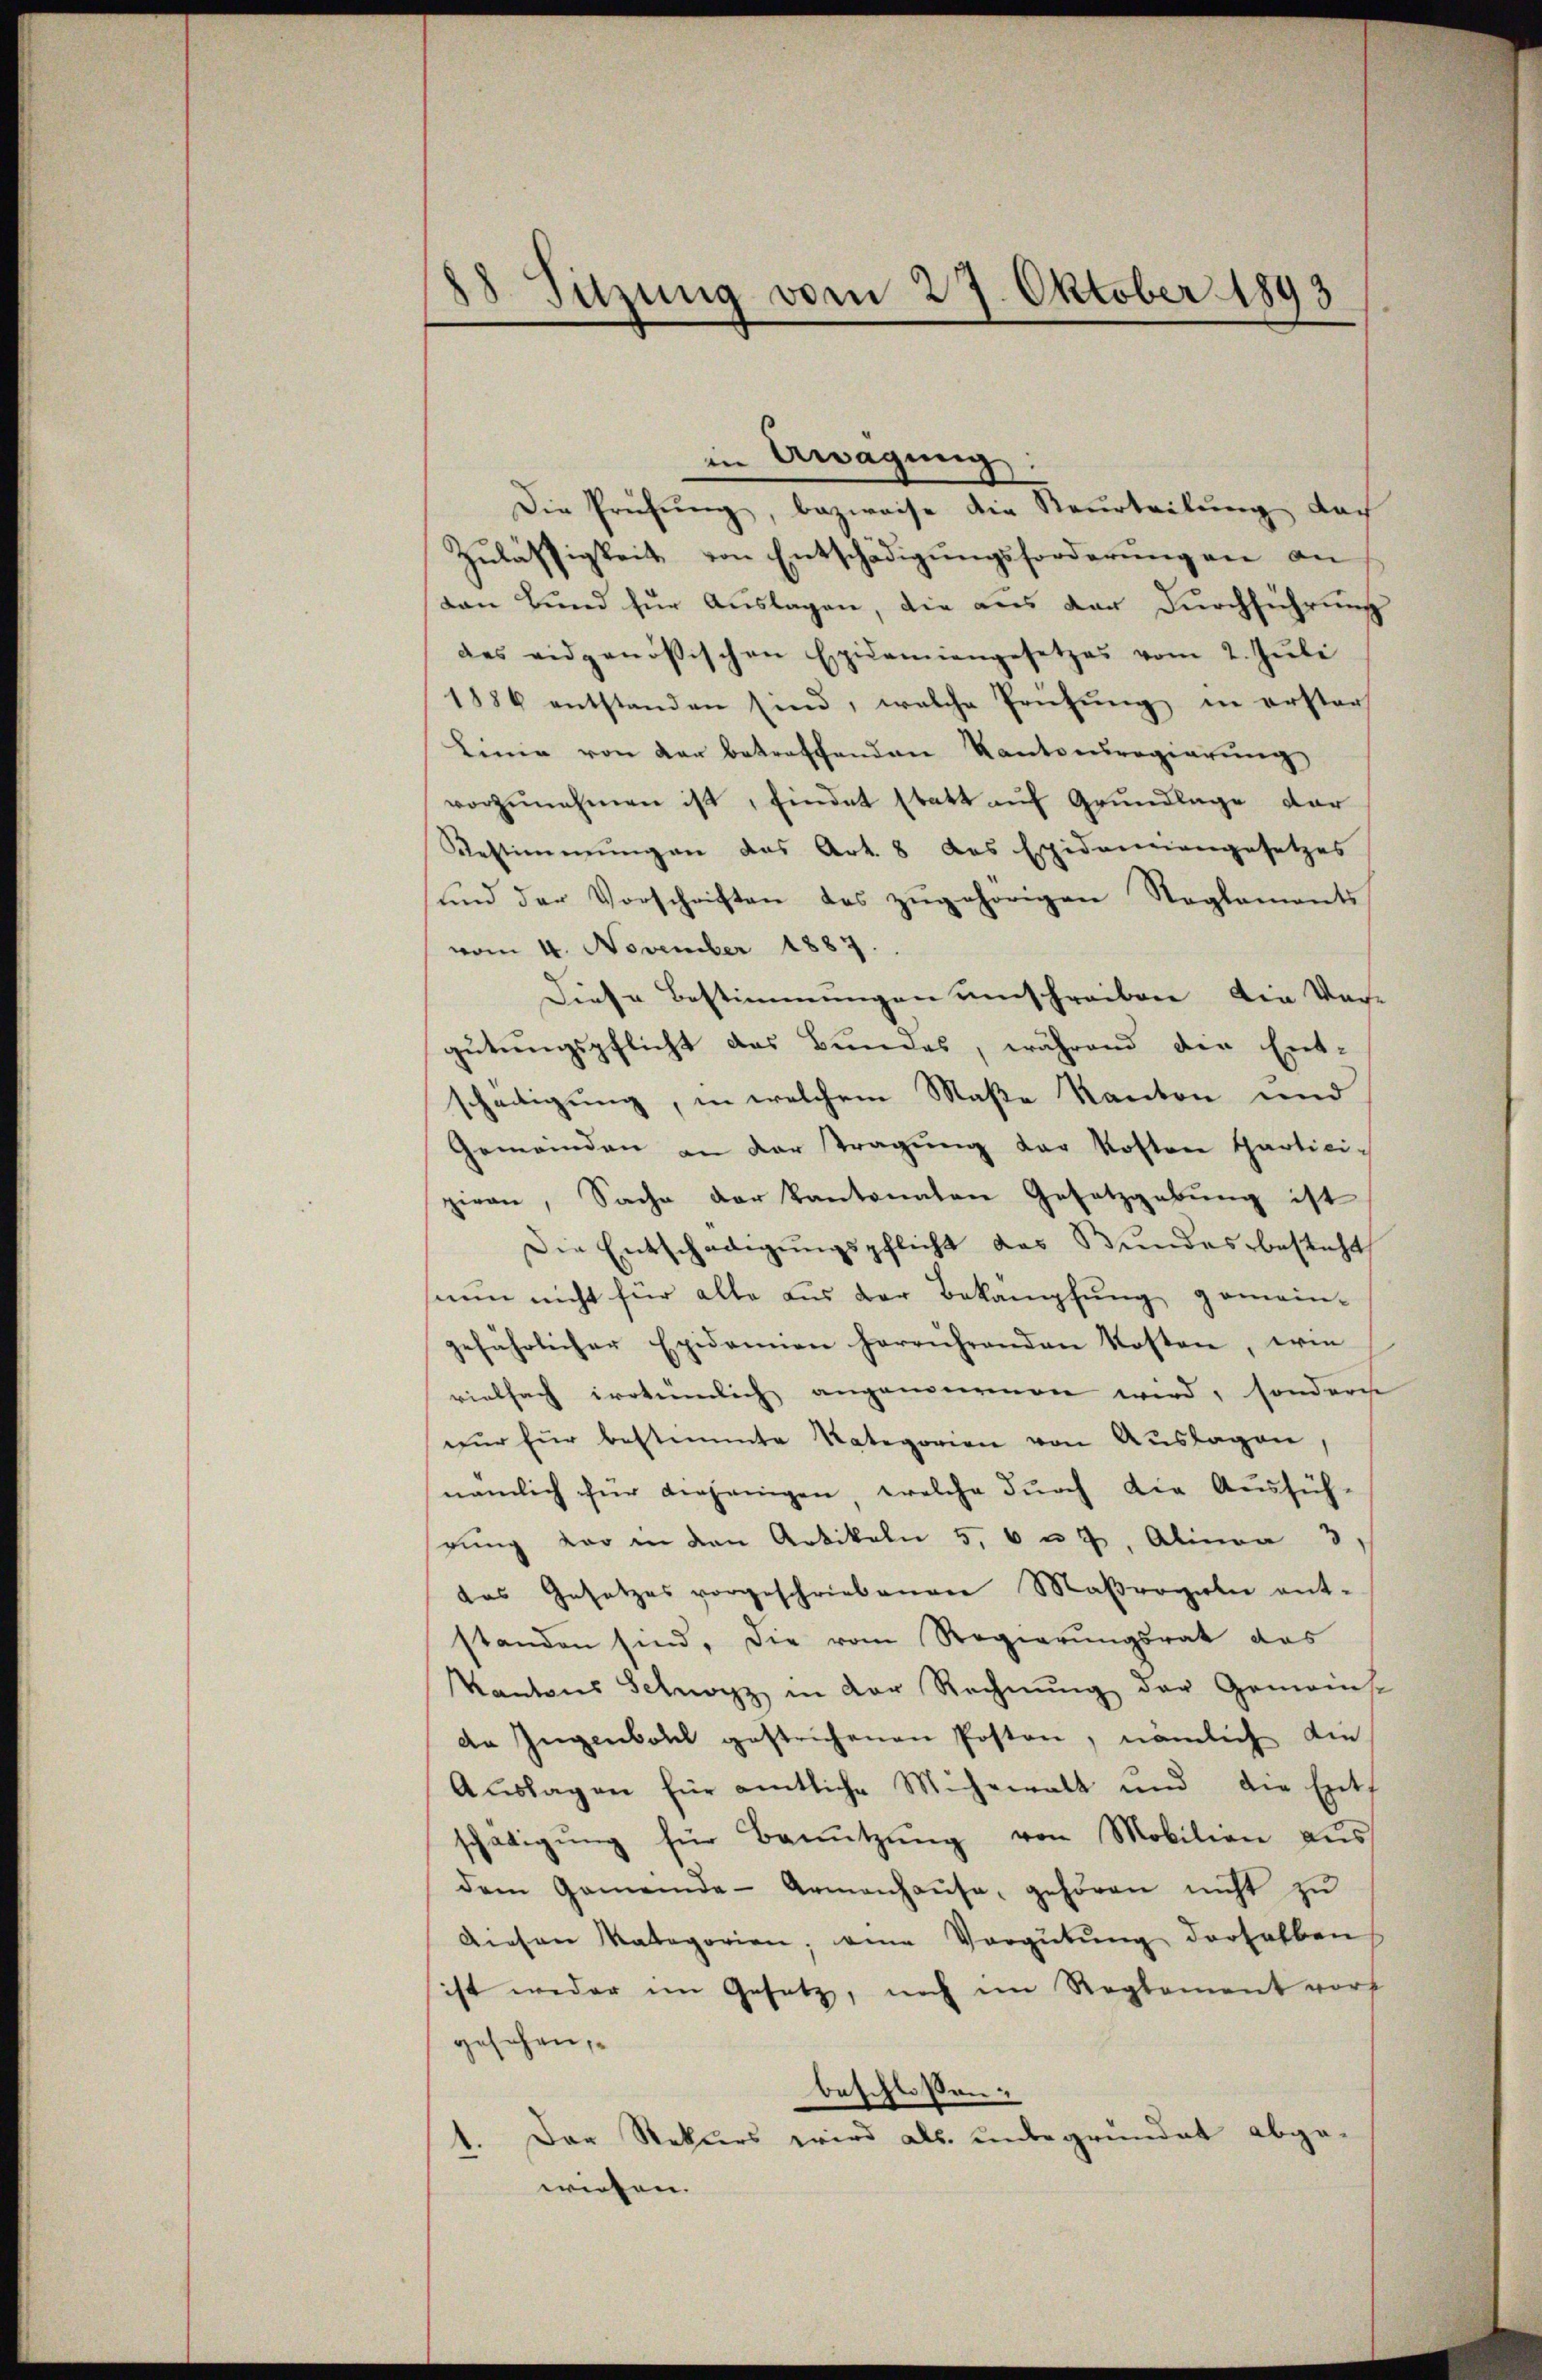
48 Sitzung vom 27. Oktober 1893

in Awagung:
Die Prüfŭng, bezweife die Beurteilung doch
Zulässigkeit von Entschädigungsforderungen an
von Bund für Auslagen, die aus der Durchführung
des eidgenössischen Epidemiengesetzes vom 2. Jŭli
1886 entstanden sind, welche Prüfung in erster
Linie von der betreffenden Kantonsregierung
vorzŭnehmen ist, findet statt auf Grundlage dar
Restimmungen das Art. 8 des Epidemangesetzes
und der Vorschriften des zŭgehörigen Reglements
vom 4. November 1887.
Diese Bestimmungen umschreiben die Ver-
gütungspflicht das Bundes, während der Ent-
scheitigung, in welchem Maße Kanton und
Gemeinden an der Tragŭng der Kosten Partici-
ziren, Sache der kantonalen Gesetzgebung ist
Die Entschädigungspflicht das Bundesbesteht
nun nicht für alle aus der Bekampfung gemein-
gefährlicher Epidemien herrührenden Kosten, wie
vielfach irrtümlich angenommen wird, sonderge
nur für bestimmte Kategorien von Auslagen
nämlich für diejenigen, welche dŭrch die Ausfüh-
rŭng vor in den Artikeln 5, 6 u. 7, Alinea 3,
das Gesetzes vorgeschriebenen Maßregeln ent-
standen sind, die vom Regierungsrat das
Kantons Schwyz in der Rechnŭng der Gemeinst
da Ingenbohl gestrichenen Posten, nämlich die
Auslagen für amtliche Mühewalt und die Entschädigŭng für Benŭtzŭng von Mobilien aŭs
dem Gemeinde- Armenhaŭse gehören nicht zŭ
diesen Kategorien, eine Vergütŭng derselben
ist weder im Gesetz, noch im Reglement vors
gesehen,
beschloßen:
1. Der Rekurs wird als unergrundet abgewiesen.